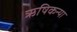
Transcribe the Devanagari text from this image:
ऋषिकन्या